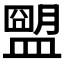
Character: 𥂗